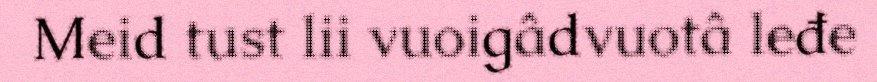
Meid tust lii vuoigâdvuotâ leđe